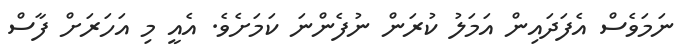
ނަމަވެސް އެފަދައިން އަމަލު ކުރަން ނުފެންނަ ކަމަށެވެ. އެއީ މި އަހަރަށް ފާސް